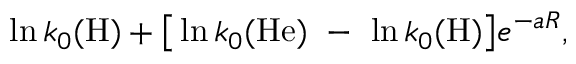
\ln k _ { 0 } ( \mathrm { H } ) + \big [ \ln k _ { 0 } ( \mathrm { H e } ) ~ - ~ \ln k _ { 0 } ( \mathrm { H } ) \big ] e ^ { - a R } ,